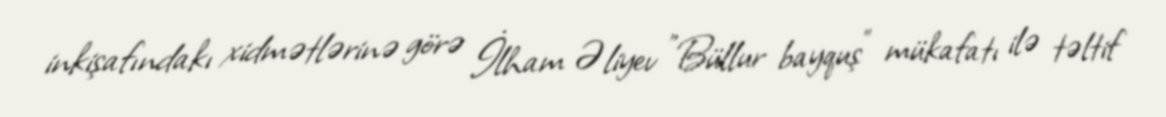
inkişafındakı xidmətlərinə görə İlham Əliyev "Büllur bayquş" mükafatı ilə təltif